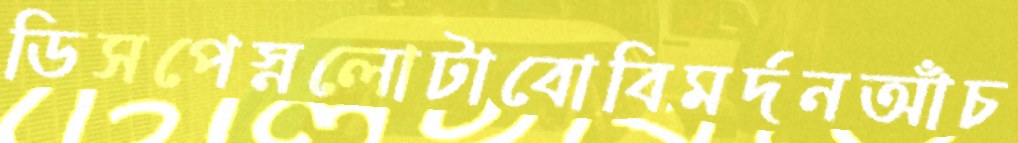
ডিসপেস্নলোটাবোবিমর্দনআঁচ